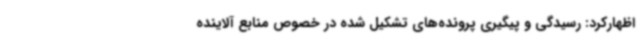
اظهارکرد: رسیدگی و پیگیری پرونده‌های تشکیل شده در خصوص منابع آلاینده